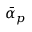
{ \bar { \alpha } _ { p } }